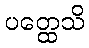
ပတ္ထေသိ